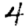
Digit: 4